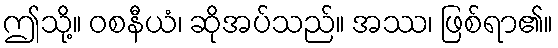
ဤသို့။ ဝစနီယံ၊ ဆိုအပ်သည်။ အဿ၊ ဖြစ်ရာ၏။